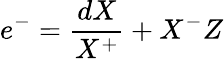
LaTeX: e^{-}=\frac{dX}{X^{+}}+X^{-}Z